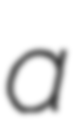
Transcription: a